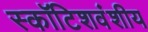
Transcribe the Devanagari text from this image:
स्कॉटिशवंशीय